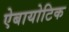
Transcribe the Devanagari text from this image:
ऐबायोटिक